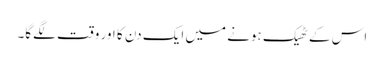
اس کے ٹھیک ہونے میں ایک دن کا اور وقت لگے‌گا۔